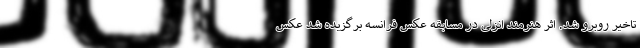
تاخیر روبرو شد. اثر هنرمند انزلی در مسابقه عکس فرانسه برگزیده شد عکس